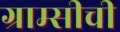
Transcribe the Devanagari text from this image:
ग्राम्सीची